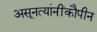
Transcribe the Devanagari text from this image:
असूनत्यांनींकौपीन